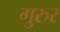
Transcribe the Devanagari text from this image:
गुरुर